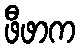
ဖီဖာက